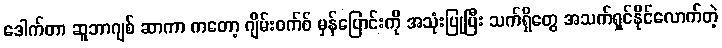
ဒေါက်တာ ဆူဘာဂျစ် ဆာကာ ကတော့ ဂျိမ်းဝက်စ် မှန်ပြောင်းကို အသုံးပြုပြီး သက်ရှိတွေ အသက်ရှင်နိုင်လောက်တဲ့